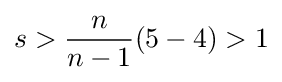
s>{\frac {n}{n-1}}(5-4)>1